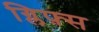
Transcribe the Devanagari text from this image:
ग्लिफ़्स